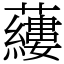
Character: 𧃒